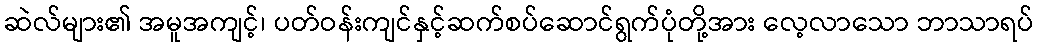
ဆဲလ်များ၏ အမူအကျင့်၊ ပတ်ဝန်းကျင်နှင့်ဆက်စပ်ဆောင်ရွက်ပုံတို့အား လေ့လာသော ဘာသာရပ်